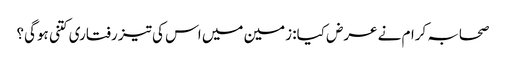
صحابہ کرام نے عرض کیا: زمین میں اس کی تیز رفتاری کتنی ہوگی؟